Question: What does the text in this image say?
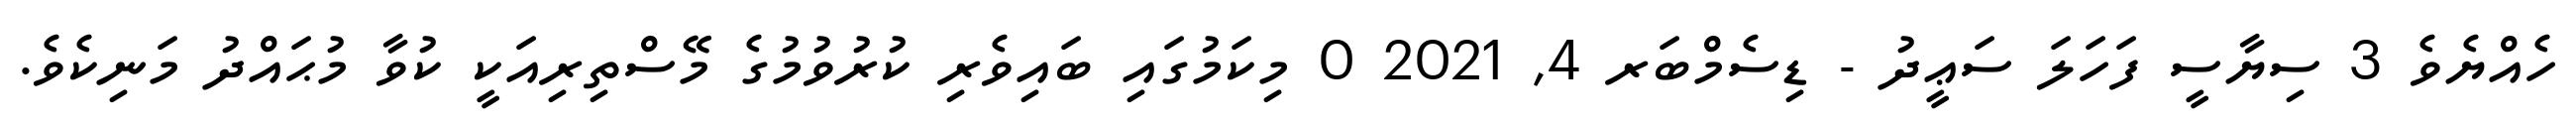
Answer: ހެއްޔެވެ 3 ސިޔާސީ ފަހަލަ ސަޢީދު - ޑިސެމްބަރ 4, 2021 0 މިކަމުގައި ބައިވެރި ކުރުވުމުގެ މޭސްތިރިއަކީ ކުވާ މުޙައްދު މަނިކެވެ.